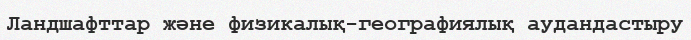
Ландшафттар және физикалық-географиялық аудандастыру